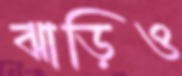
ঝাড়িও